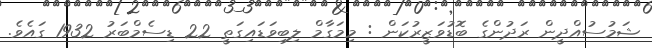
ޝަމުސުއްދީން ރަދުންގެ ބޮޑުވަޒީރުކަން : މިމަގާމް ލިބިވަޑައިގަތީ 22 ޑިސެމްބަރު 1932 ގައެވެ.